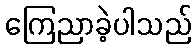
ကြေညာခဲ့ပါသည်